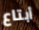
أبتاع